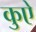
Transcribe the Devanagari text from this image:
कुऐ